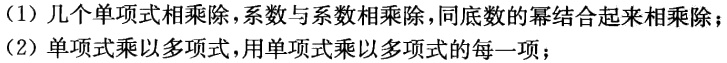
（1）几个单项式相乘除，系数与系数相乘除，同底数的幂结合起来相乘除；
（2）单项式乘以多项式，用单项式乘以多项式的每一项；